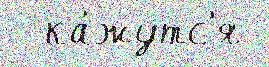
  ка́жутс'я